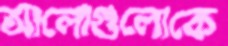
আলোগুলোকে